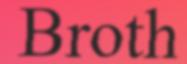
Broth